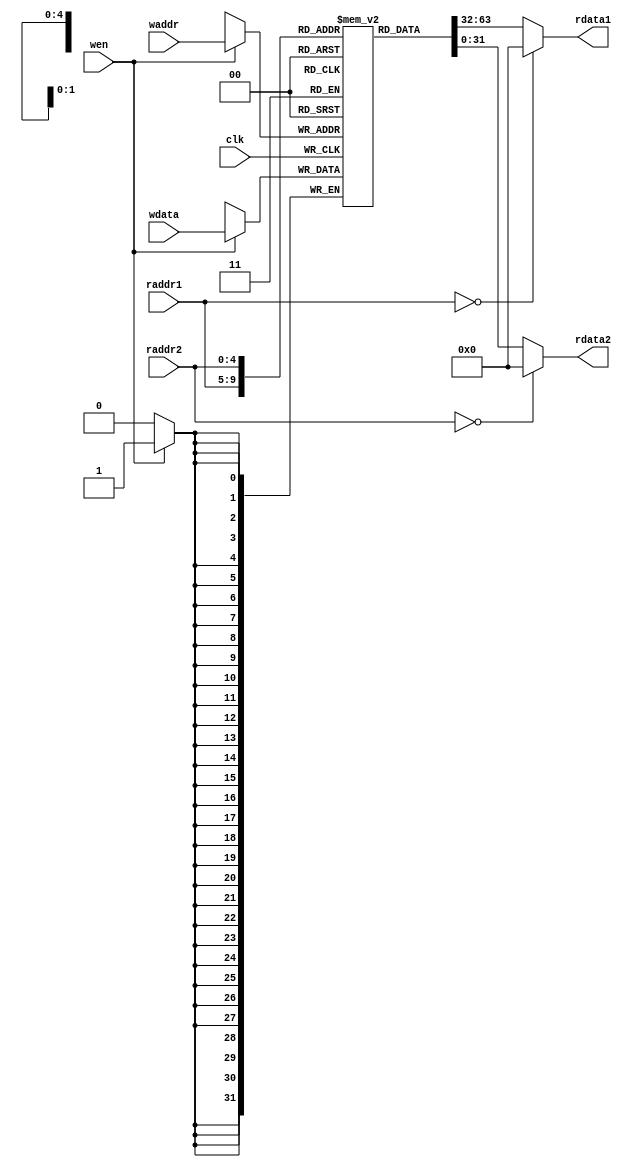
`timescale 10 ns / 1 ns

// register file for MIPS 32

module reg_file(
	input clk,
	input [4:0] waddr,
	input [4:0] raddr1,
	input [4:0] raddr2,
	input wen,
	input [31:0] wdata,
	output [31:0] rdata1,
	output [31:0] rdata2
);

  // registers (r0 excluded)
	reg [31:0] regs [31:1];

  // process read (r0 wired to 0)
	assign rdata1 = (raddr1 == 0 ? 0 : regs[raddr1]);
	assign rdata2 = (raddr2 == 0 ? 0 : regs[raddr2]);

  // process write
	always @(posedge clk) if (wen) regs[waddr] <= wdata;

endmodule